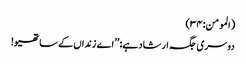
(المومن:۳۴)
دوسری جگہ ارشاد ہے: ’’اے زنداں کے ساتھیو!